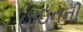
હાઇનની